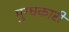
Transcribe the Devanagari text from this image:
मुग्धकारी